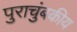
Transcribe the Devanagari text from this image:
पुराचुंबकीय